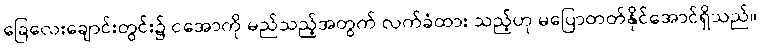
ခြေလေးချောင်းတွင်း၌ ငအောကို မည်သည့်အတွက် လက်ခံထား သည့်ဟု မပြောတတ်နိုင်အောင်ရှိသည်။